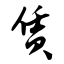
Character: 赁